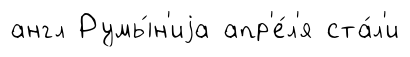
англ Румы́н'иjа апр'е́л'я ста́л'и